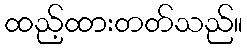
ထည့်ထားတတ်သည်။